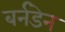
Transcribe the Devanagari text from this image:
बर्नडेन